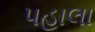
પહાલા